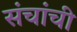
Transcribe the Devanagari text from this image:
संचांची